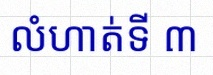
លំហាត់ទី ៣